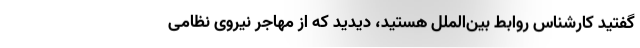
گفتید کارشناس روابط بین‌الملل هستید، دیدید که از مهاجر نیروی نظامی